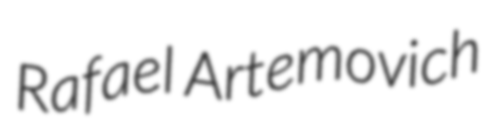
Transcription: Rafael Artemovich